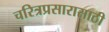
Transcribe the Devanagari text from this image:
चरित्रप्रसारासाठी